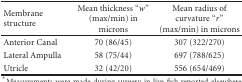
<table><thead><tr><td><b>Membrane structure</b></td><td><b>Mean thickness “<i>w</i>” (max/min) in microns</b></td><td><b>Mean radius of curvature “<i>r</i>” (max/min) in microns</b></td></tr></thead><tbody><tr><td>Anterior Canal</td><td>70 (86/45)</td><td>307 (322/270)</td></tr><tr><td>Lateral Ampulla</td><td>58 (75/44)</td><td>697 (788/625)</td></tr><tr><td>Utricle</td><td>32 (42/20)</td><td>556 (654/469)</td></tr></tbody></table>